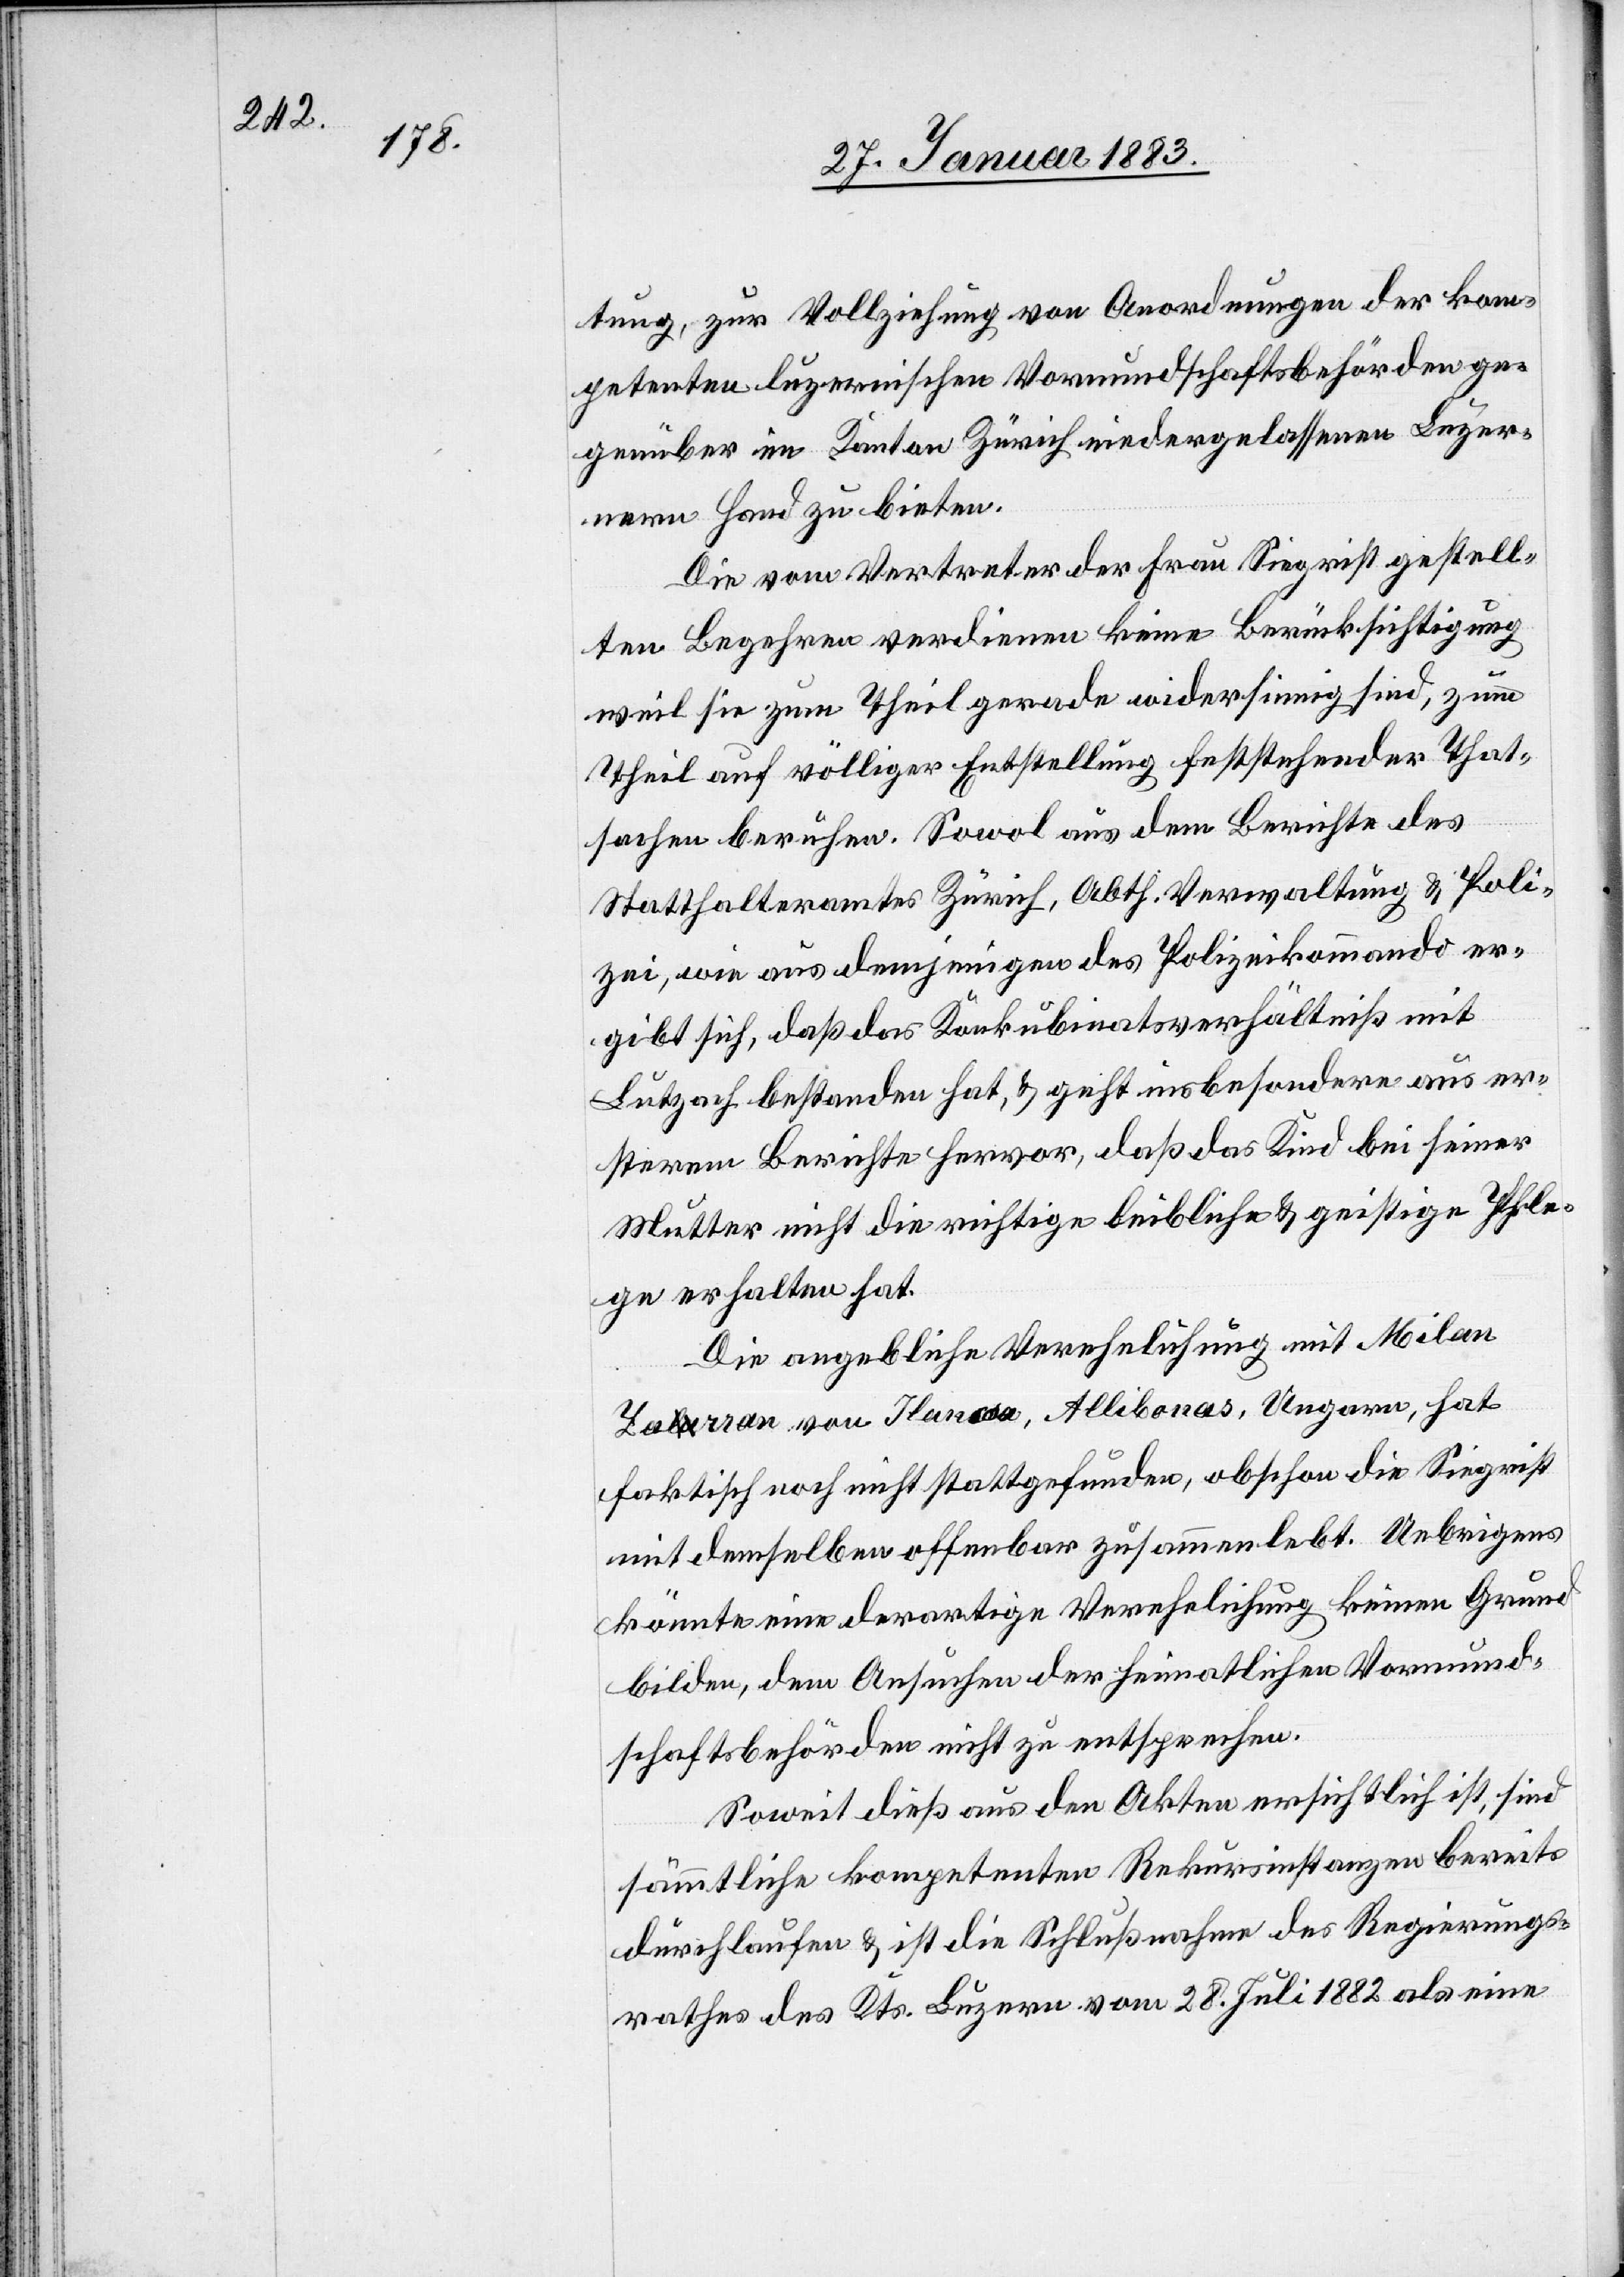
tung, zur Vollziehung von Anordnungen der kom¬
petenten luzernischen Vormundschaftsbehörden ge¬
genüber im Kanton Zürich niedergelassenen Luzer¬
nern Hand zu bieten.
Die vom Vertreter der Frau Siegrist gestell¬
ten Begehren verdienen keine Berücksichtigung
weil sie zum Theil gerade widersinnig sind, zum
Theil auf völliger Entstellung feststehender That¬
sachen beruhen. Sowol aus dem Berichte des
Statthalteramtes Zürich, Abth. Verwaltung & Poli¬
zei, wie aus demjenigen des Polizeikommando er¬
gibt sich, daß das Konkubinatsverhältniß mit
Lutzach bestanden hat, & geht insbesondere aus er¬
sterem Berichte hervor, daß das Kind bei seiner
Mutter nicht die richtige leibliche & geistige Pfle¬
ge erhalten hat.
Die angebliche Verehelichung mit Milan
Zaa-lu-arran von Ilan[?coa], Allibonas, Ungarn, hat
faktisch noch nicht stattgefunden, obschon die Siegrist
mit demselben offenbar zusammenlebt. Uebrigens
könnte eine derartige Verehelichung keinen Grund
bilden, dem Ansuchen der heimatlichen Vormund¬
schaftsbehörden nicht zu entsprechen.
Soweit dieß aus den Akten ersichtlich ist, sind
sämmtliche kompetenten Rekursinstanzen bereits
durchlaufen & ist die Schlußnahme des Regierungs¬
rathes des Kts. Luzern vom 28. Juli 1882 als eine